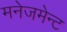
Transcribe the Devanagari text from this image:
मनेजमेन्ट